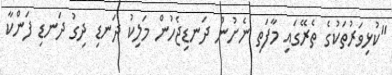
"ކުޅިވަރުތަކުގެ ތެރޭގައި މާފަތި ނެށުން ދަނޑިޖެހުން މަލިކު ދަނޑި ދިގު ދަނޑި ފަންކާ